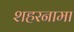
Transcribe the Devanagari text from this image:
शहरनामा